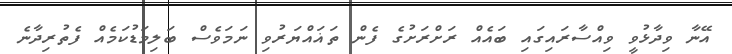
އޭނާ ވިދާޅުވީ ވިއްސާރައިގައި ބައެއް ރަށްރަށުގެ ފެން ތަޣައްޔަރުވި ނަމަވެސް ބަލިމަޑުކަމެއް ފެތުރިދާނެ